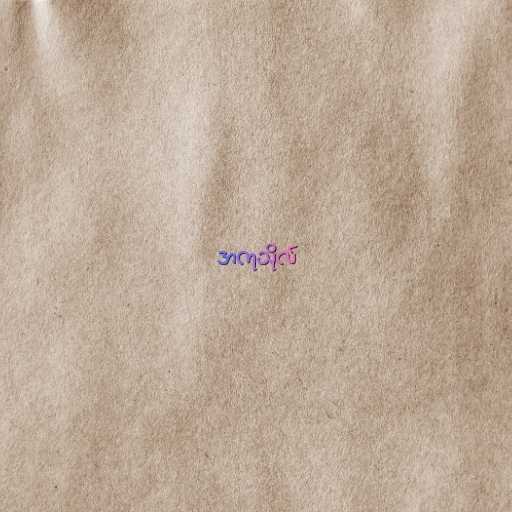
အကုသိုလ်